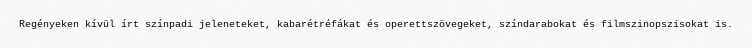
Regényeken kívül írt színpadi jeleneteket, kabarétréfákat és operettszövegeket, színdarabokat és filmszinopszisokat is.